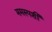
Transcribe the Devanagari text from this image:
ममस्पर्शी